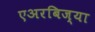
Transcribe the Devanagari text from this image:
एअरबिज्या